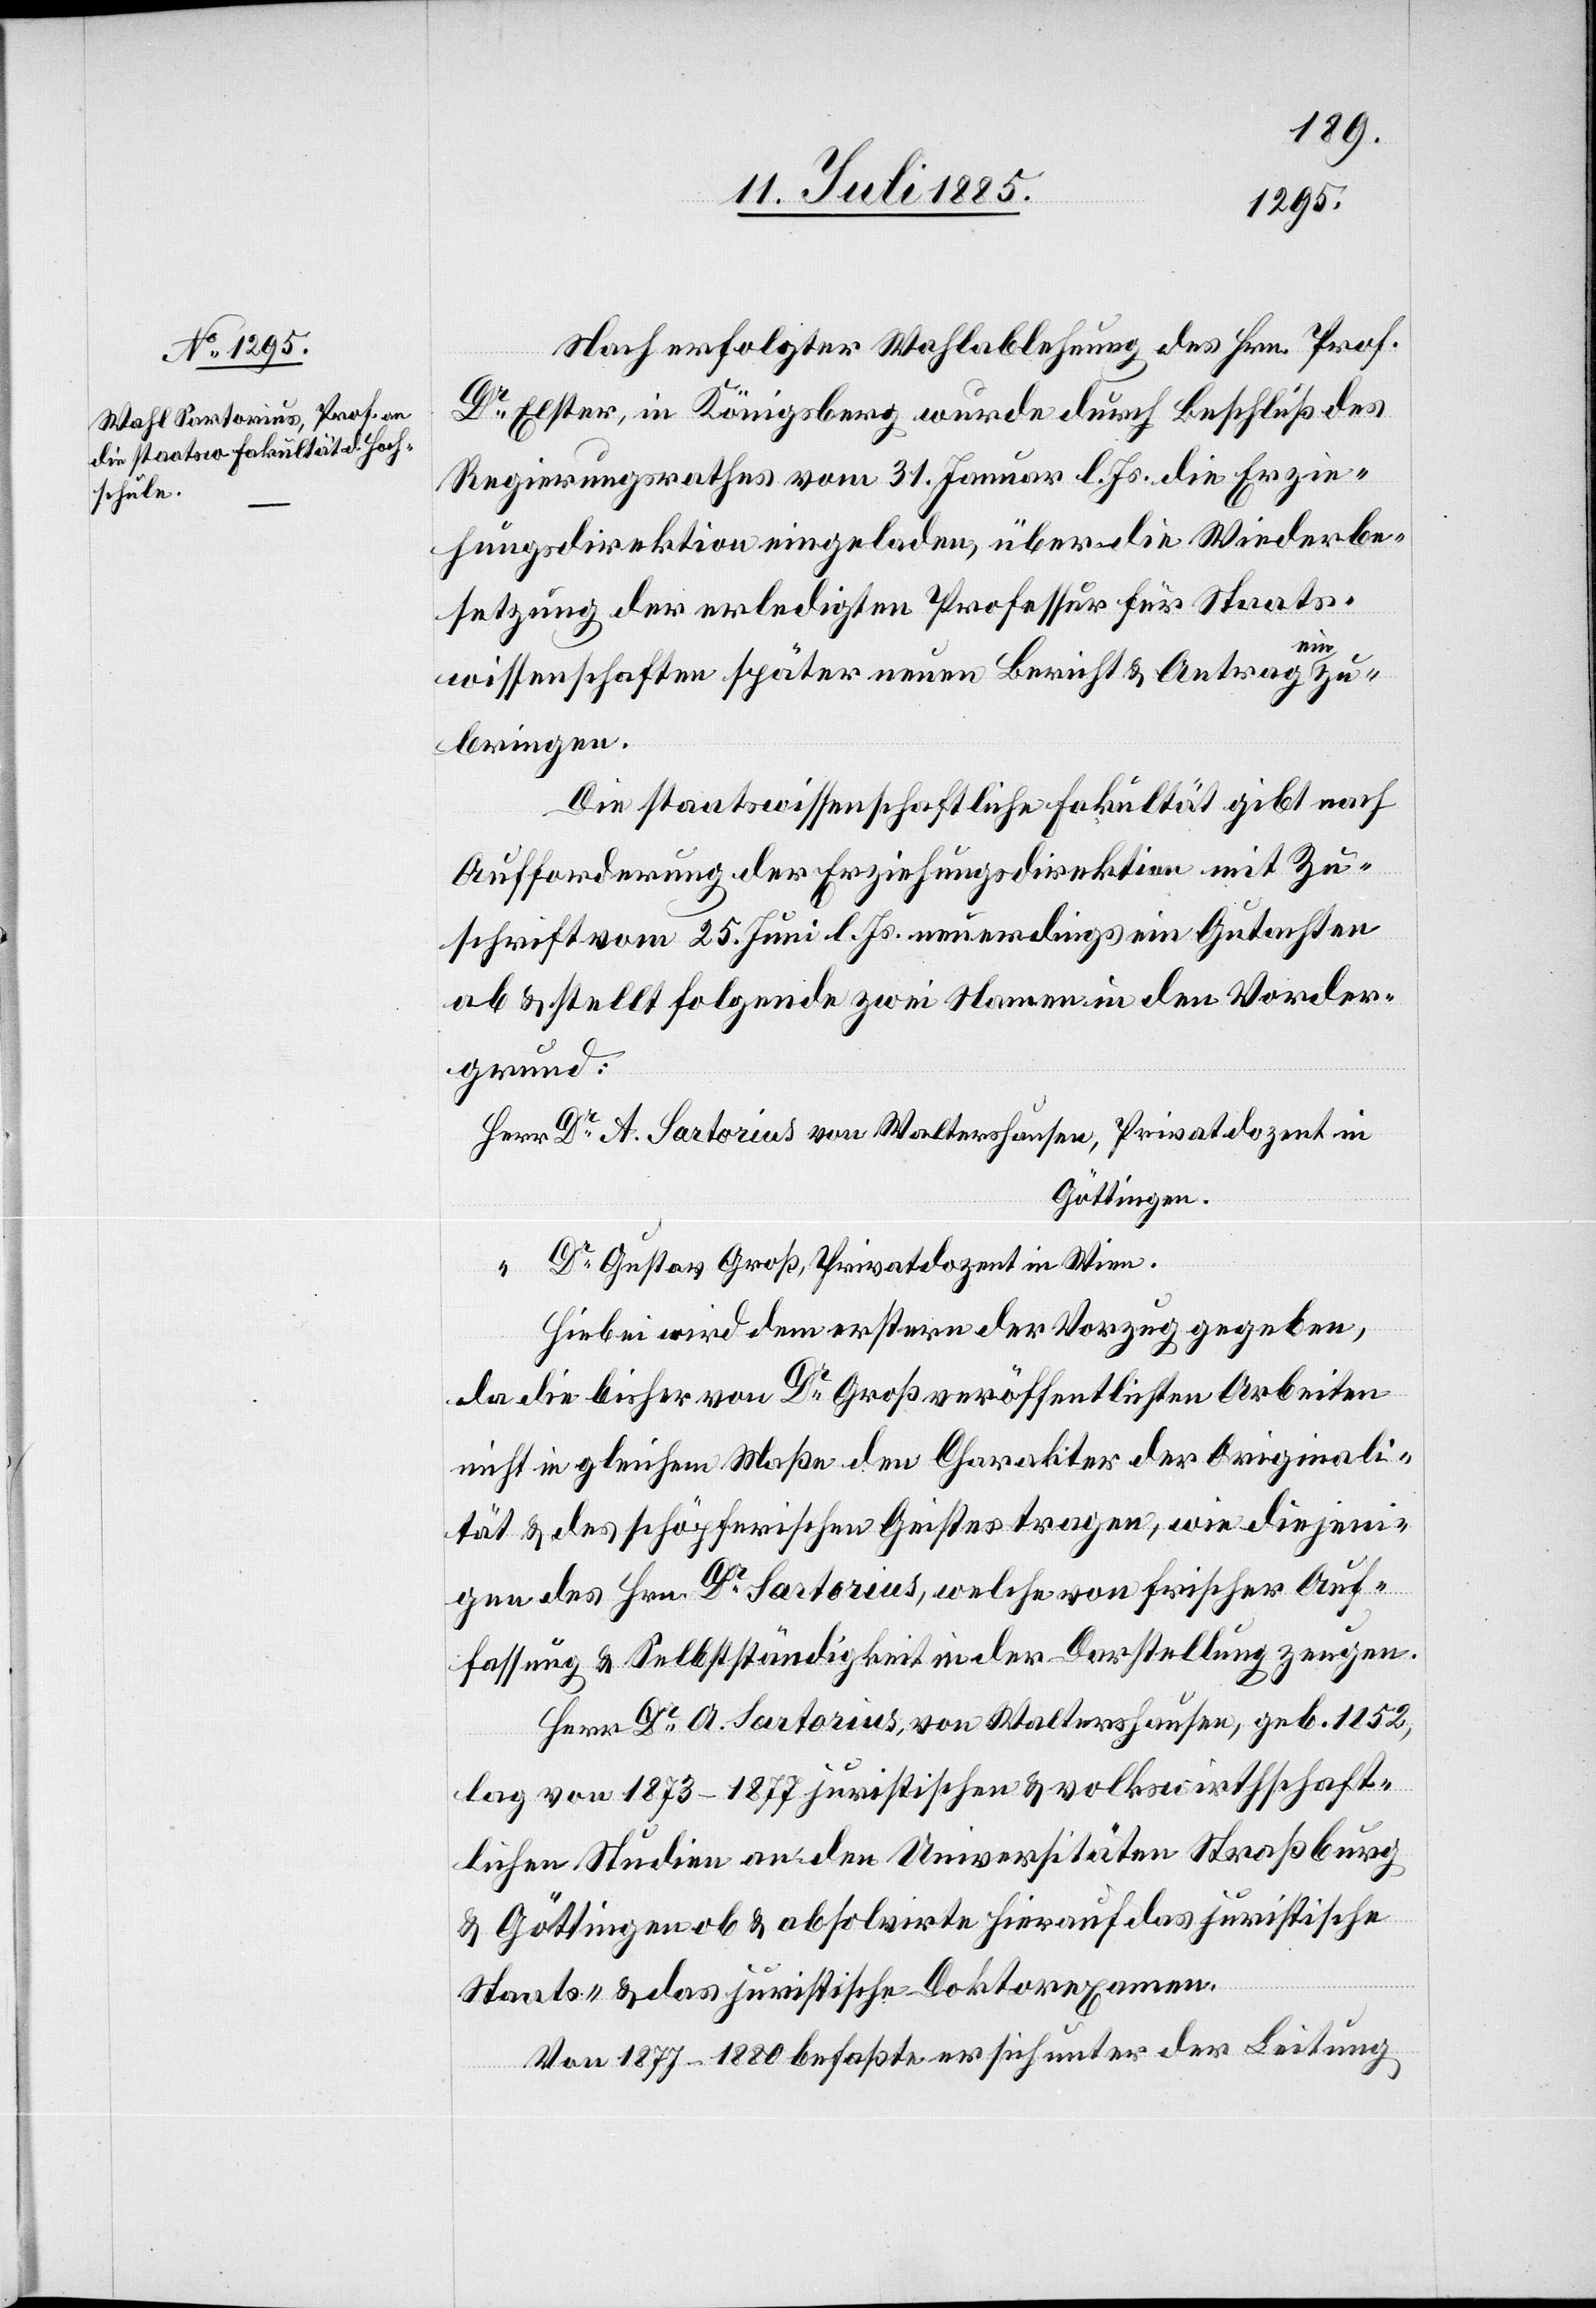
Nach erfolgter Wahlablehnung des Hrn. Prof.
Dr Elster, in Königsberg wurde durch Beschluß des
Regierungsrathes vom 31. Januar l. Js. die Erzie¬
hungsdirektion eingeladen, über die Wiederbe¬
setzung der erledigten Professur für Staats¬
wissenschaften später neuen Bericht & Antrag einzu¬
bringen.
Die staatswissenschaftliche Fakultät gibt nach
Aufforderung der Erziehungsdirektion mit Zu¬
schrift vom 25. Juni l. Js. neuerdings ein Gutachten
ab & stellt folgende zwei Namen in den Vorder¬
grund:
Dr A. Sartorius von Waltershausen, Privatdozent in
Göttingen.
Dr Gustav Groß, Privatdozent in Wien.
Hiebei wird dem erstern der Vorzug gegeben,
da die bisher von Dr Groß veröffentlichen Arbeiten
nicht in gleichem Maße den Charakter der Originali¬
tät & des schöpferischen Geistes tragen, wie diejeni¬
gen des Hrn. Dr Sartorius, welche von frischer Auf¬
fassung & Selbstständigkeit in der Darstellung zeugen.
Herr Dr A. Sartorius, von Waltershausen, geb. 1852,
Herr
lag von 1873–1877 juristischen & volkswirtschaft¬
lichen Studien an den Universitäten Straßburg
& Göttingen ob & absolvirte hierauf das juristische
Staats- & das juristische Doktorexamen.
Von 1877–1880 befaßte er sich unter der Leitung